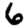
Digit: 6